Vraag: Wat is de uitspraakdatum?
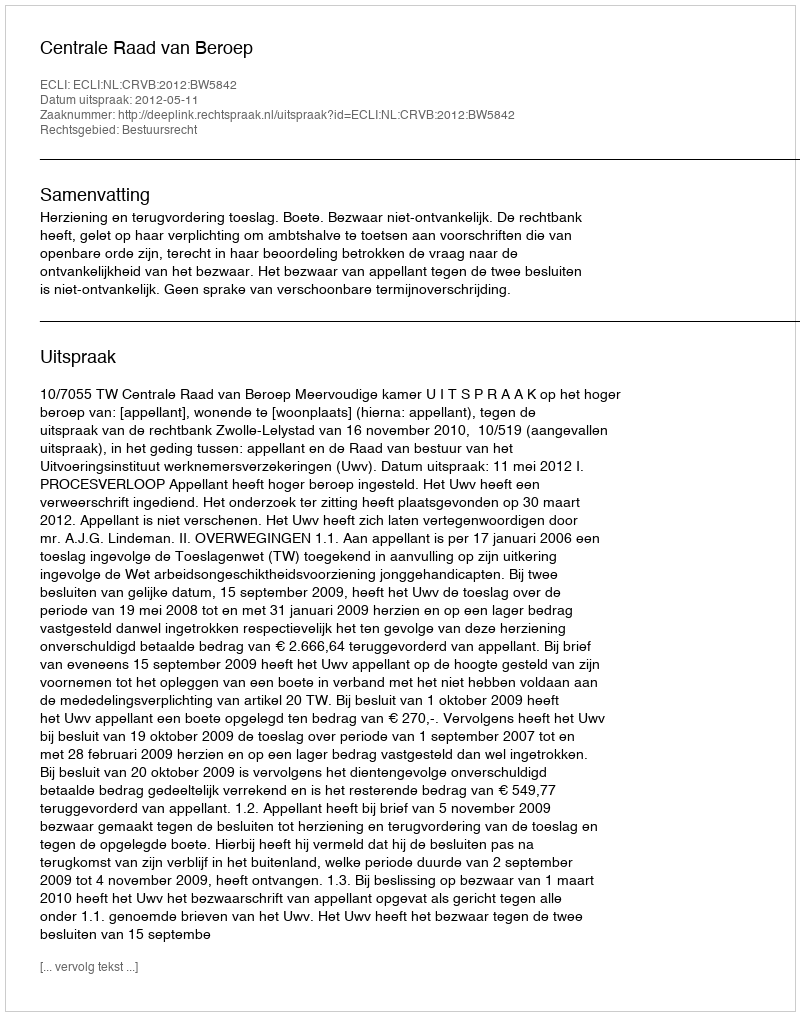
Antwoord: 2012-05-11